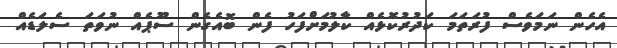
އެހެން ނަމަވެސް ފުރަތަމަ ކަދުރުކޮޅެއް ކާލުމަށްފަހު ފެން ބޮއެގެން ސޫޕެއް ނުވަތަ ސެލަޑެއް